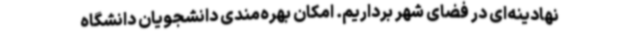
نهادینه‌ای در فضای شهر برداریم. امکان بهره‌مندی دانشجویان دانشگاه